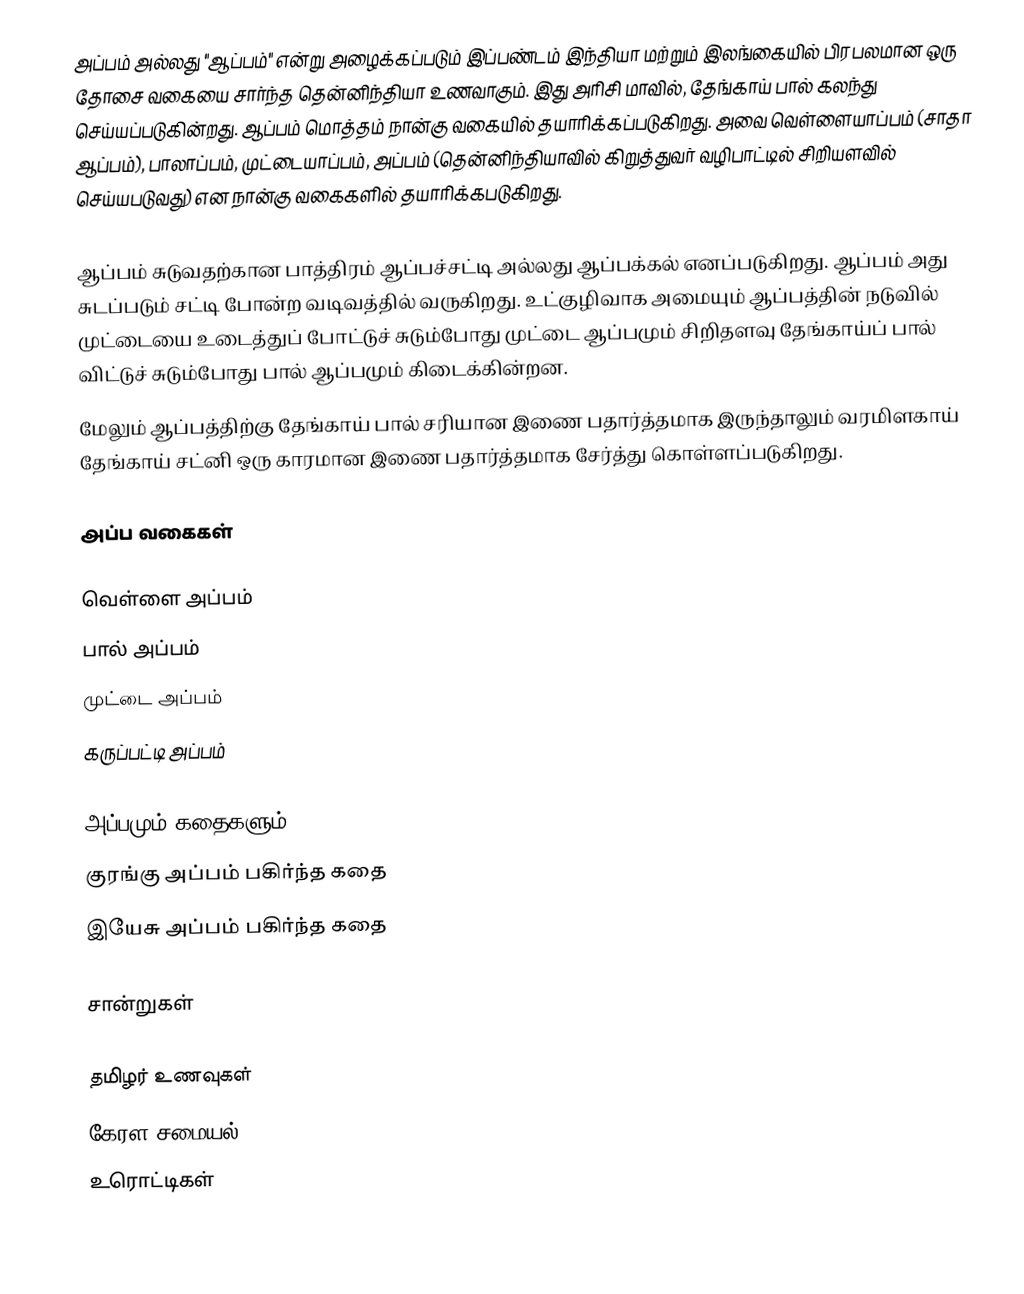
அப்பம் அல்லது "ஆப்பம்" என்று அழைக்கப்படும் இப்பண்டம் இந்தியா மற்றும் இலங்கையில் பிரபலமான ஒரு தோசை வகையை சார்ந்த தென்னிந்தியா உணவாகும். இது அரிசி மாவில், தேங்காய் பால் கலந்து செய்யப்படுகின்றது. ஆப்பம் மொத்தம் நான்கு வகையில் தயாரிக்கப்படுகிறது. அவை வெள்ளையாப்பம் (சாதா ஆப்பம்), பாலாப்பம், முட்டையாப்பம், அப்பம் (தென்னிந்தியாவில் கிறுத்துவர் வழிபாட்டில் சிறியளவில் செய்யபடுவது) என நான்கு வகைகளில் தயாரிக்கபடுகிறது.

ஆப்பம் சுடுவதற்கான பாத்திரம் ஆப்பச்சட்டி அல்லது ஆப்பக்கல் எனப்படுகிறது. ஆப்பம் அது சுடப்படும் சட்டி போன்ற வடிவத்தில் வருகிறது. உட்குழிவாக அமையும் ஆப்பத்தின் நடுவில் முட்டையை உடைத்துப் போட்டுச் சுடும்போது முட்டை ஆப்பமும் சிறிதளவு தேங்காய்ப் பால் விட்டுச் சுடும்போது பால் ஆப்பமும் கிடைக்கின்றன.
மேலும் ஆப்பத்திற்கு தேங்காய் பால் சரியான இணை பதார்த்தமாக இருந்தாலும் வரமிளகாய் தேங்காய் சட்னி ஒரு காரமான இணை பதார்த்தமாக சேர்த்து கொள்ளப்படுகிறது.

அப்ப வகைகள்

 வெள்ளை அப்பம்
 பால் அப்பம்
 முட்டை அப்பம்
 கருப்பட்டி அப்பம்

அப்பமும் கதைகளும்
 குரங்கு அப்பம் பகிர்ந்த கதை
 இயேசு அப்பம் பகிர்ந்த கதை

சான்றுகள்

தமிழர் உணவுகள்
கேரள சமையல்
உரொட்டிகள்